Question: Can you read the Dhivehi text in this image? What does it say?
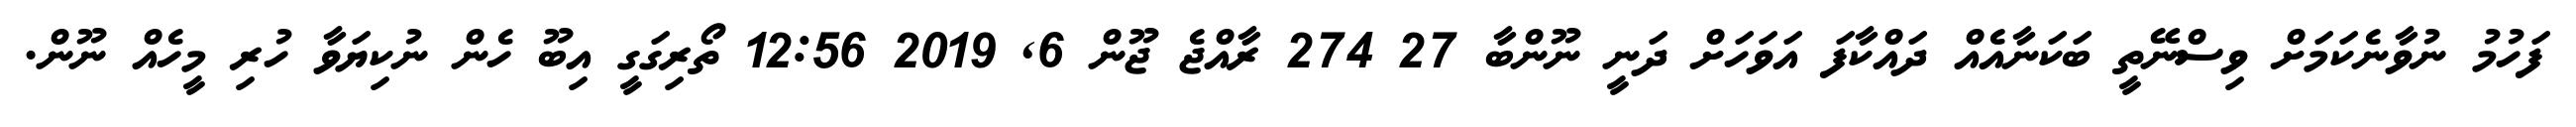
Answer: ފަހުމު ނުވާނެކަމަށް ވިސްނޭތީ ބަކަނާއެއް ދައްކާފަ އަވަހަށް ދަނީ ނޫންބާ 27 274 ރާއްޖެ ޖޫން 6, 2019 12:56 ތޯރިގަގީ އިބޫ ހެން ނުކިޔަވާ ހުރި މީހެއް ނޫން.